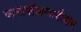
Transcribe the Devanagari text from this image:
जरासंधाबरोबर